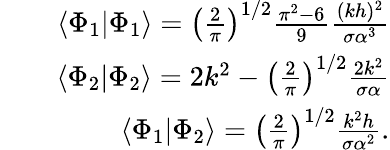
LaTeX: \begin{array}{rlr}&{}&{\langle\Phi_{1}|\Phi_{1}\rangle=\left(\frac{2}{\pi}\right)^{1/2}\frac{\pi^{2}-6}{9}\frac{(kh)^{2}}{\sigma\alpha^{3}}}\\ &{}&{\langle\Phi_{2}|\Phi_{2}\rangle=2k^{2}-\left(\frac{2}{\pi}\right)^{1/2}\frac{2k^{2}}{\sigma\alpha}}\\ &{}&{\langle\Phi_{1}|\Phi_{2}\rangle=\left(\frac{2}{\pi}\right)^{1/2}\frac{k^{2}h}{\sigma\alpha^{2}}.}\end{array}